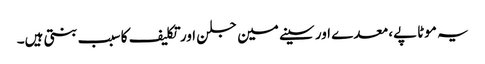
یہ موٹاپے، معدے اور سینے مین جلن اور تکلیف کا سبب بنتی ہیں۔